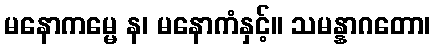
မနောကမ္မေ န၊ မနောကံနှင့်။ သမန္နာဂတော၊